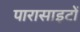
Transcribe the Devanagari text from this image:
पारासाइटों